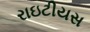
રાઇટીયસ